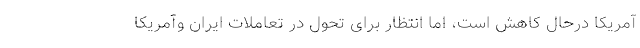
آمریکا درحال کاهش است، امّا انتظار برای تحوّل در تعاملات ایران وآمریکا